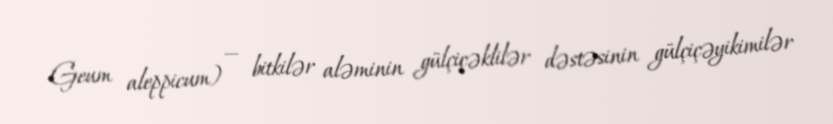
Geum aleppicum) — bitkilər aləminin gülçiçəklilər dəstəsinin gülçiçəyikimilər